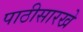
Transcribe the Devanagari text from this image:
पाठीसारखे